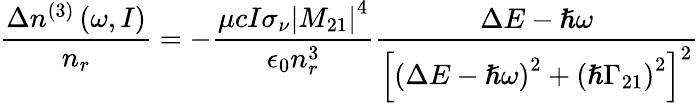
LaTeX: \frac{\Delta n^{(3)}\left(\omega,I\right)}{n_{r}}=-\frac{\mu cI\sigma_{\nu}\left\vert M_{21}\right\vert^{4}}{\epsilon_{0}n_{r}^{3}}\frac{\Delta E-\hslash\omega}{\left[\left(\Delta E-\hslash\omega\right)^{2}+\left(\hslash\Gamma_{21}\right)^{2}\right]^{2}}